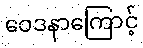
ဝေဒနာကြောင့်